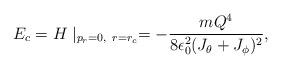
\begin{align*}E_c=H\mid_{p_r=0,~r=r_c}=-{{mQ^4}\over{8\epsilon_0^2(J_\theta +J_\phi)^2}},\end{align*}